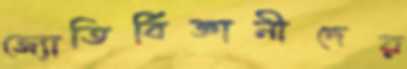
জ্যোতির্বিজ্ঞানীদের